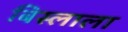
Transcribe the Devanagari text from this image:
बिस्लाला